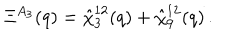
LaTeX: \Xi ^ { A _ { 3 } } ( q ) = \hat { \chi } _ { 3 } ^ { 1 2 } ( q ) + \hat { \chi } _ { 9 } ^ { 1 2 } ( q ) \, .